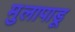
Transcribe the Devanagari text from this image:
मुलापाडू